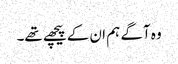
وہ آگے ہم ان کے پیچھے تھے۔